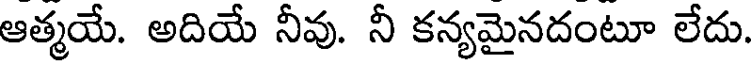
ఆత్మయే. అదియే నీవు. నీ కన్యమైనదంటూ లేదు.